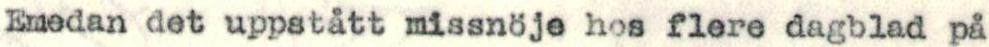
Emedan det uppstått missnöje hos flere dagblad på